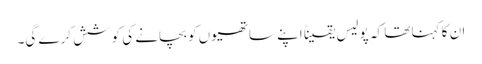
ان کا کہنا تھا کہ پولیس یقیناً اپنے ساتھیوں کو بچانے کی کوشش کرے گی۔